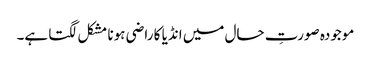
موجودہ صورتِ حال میں انڈیا کا راضی ہونا مشکل لگتا ہے۔